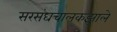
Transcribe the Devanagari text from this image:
सरसंघचालकझाले